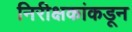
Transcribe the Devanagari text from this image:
निरीक्षकांकडून